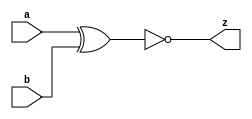
module la_xnor2 #(
    parameter PROP = "DEFAULT"
) (
    input  a,
    input  b,
    output z
);

    assign z = ~(a ^ b);

endmodule